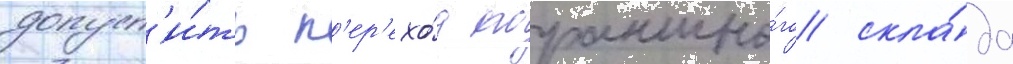
допуст'и́ть п'ер'ехо́д порохово́го скла́да